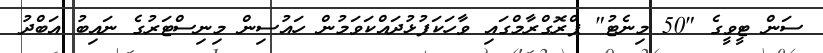
ސަން ޓީވީގެ "50 މިނެޓު" ޕްރޮގްރާމްގައި ވާހަކަފުޅުދައްކަވަމުން ހައުސިން މިނިސްޓަރުގެ ނައިބު އަބްދު